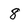
Character: 8